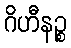
ဂိဟီနဉ္စ